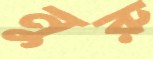
নুরু